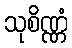
သုစိဏ္ဏံ